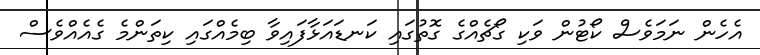
އެހެން ނަމަަވެސް ކޯޓުން ވަކި ގޯޗެއްގެ ގޮތުގައި ކަނޑައަޅާފައިވާ ބިމެއްގައި ކިތަންމެ ގެއެއްވެސް